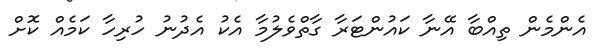
އެންމެން ތިއްބާ އޭނާ ކައުންޓަރާ ގާތްވެލުމާ އެކު އެދުނު ހުރިހާ ކަމެއް ކޮށް